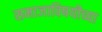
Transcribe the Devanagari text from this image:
समाजाविषयीच्या